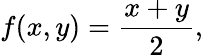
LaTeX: f(x,y)={\frac{x+y}{2}},